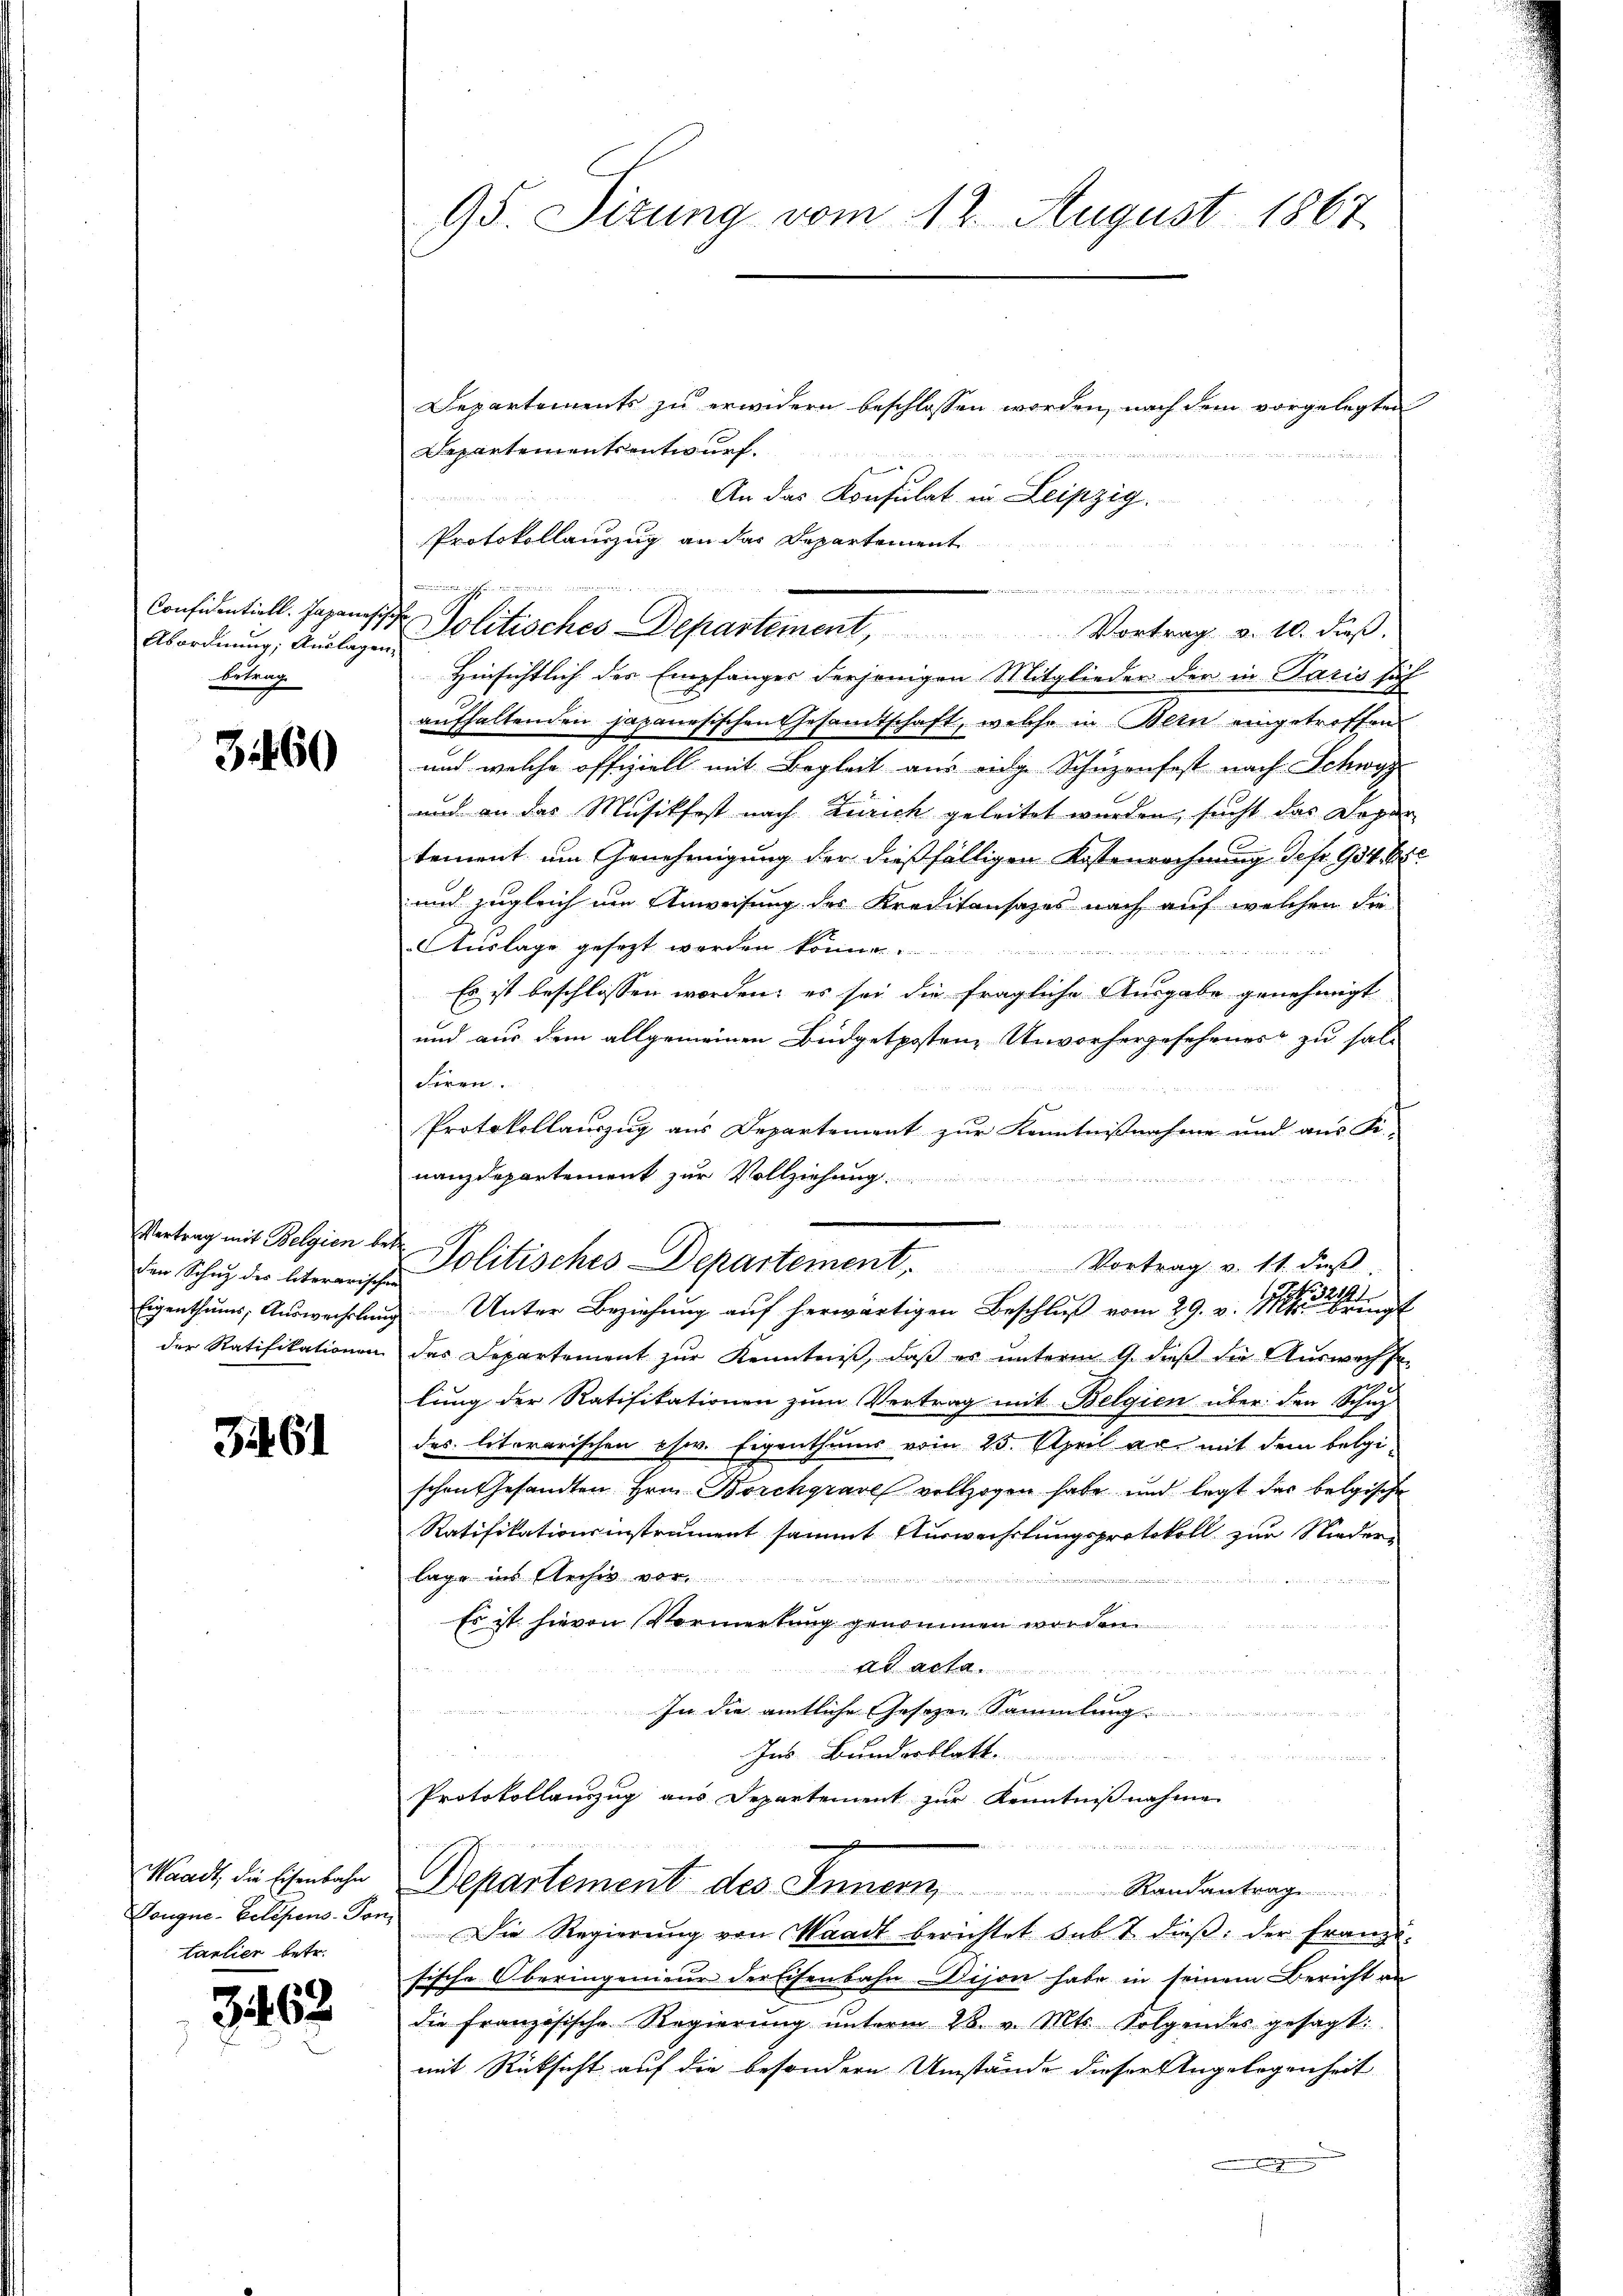
Confidentiell. Japanesi
Abordnung; Auslagen
betrag.

3460

Vertrag mit Belgien beden Schaz des literarischen
Eigenthums Auswechslung
der Ratifikationen

Git 61

Waadt, die Eisenbahn
Vougne-Gelehens-Pontantier betr.

3462

95. Sitzung vom 12. August 1867

Departements zu erwidern beschlossen worden, nach dem vorgelegten
Departementsentwurf.

t

An das Konsulat in Leipzig.
Protokollauszug an das Departement
  in sein den und irgende ei
Hinsichtlich der Empfanges derjenigen Mitglieder der in Paris sich
aufhaltenden japanesischen Gesamtschaft, welche in Bein eingetroffen
und welche offiziell mit Begleit aus eige Schuzonfest nach Schwyz
und an das Musikfest nach Zürich geleitet werden, sucht das Depar
tement um Genehmigung der dießfälligen Kostenrechnung defr. 984. 15t
und zugleich um Anweisung des Kreditansazes nach auf welchen die
AAuslage gesezt werden können.
Es ist beschlossen worden, es sei die fragliche Ausgabe genehmigt
und aus dem allgemeinen Budgetposten, Unvorhergesehenes zu hal¬
Fören.
Protokollauszug aus Departement zur Kenntnißnahme und aus K.
nanzdepartement zur Vollziehung

Politisches Departement. Vortrag v. 11. dieβ
1
Unter Beziehung auf herwärtigen Beschluß vom 29. v. 111 ent
das Departement zŭr Kenntniβ, daβ es ŭnterm 9. dieβ die Aŭswachse
lung der Ratifikationen zum Vertrag mit Belgien über den Schup
des literarischen chw. Eigenthums vom 25. April an mit dem belgischon Gesandten Hrn. Borckgrave vollzogen habe und legt das belgische
Ratifikationsinstrument sammt Auswechslungsprotokoll zur Nieder-
lage ins Recher vor

iiter e
Es ist hievon Vormerkung genommen worden.
et
An Acta
r
u
In die amtliche Gesezen Sammlung ..............
Inb. Bunderblatt
Protokollauszug aus Departement zur Kenntnißnahme

Departement des Innern Randantrag
Die Regierŭng von Waadt berichtet sub 7 dieβ: der Franz.
sche Oberingenieur der Eisenbahn Dison habe in seinem Bericht an
t
die Französische Regierung unterm 28. v. Mts. Folgendes gesagt:
mit Rücksicht auf die besonderen Umstände dieser Angelegenheit

.
Politisches Departement, Vortrag v. 10. dieß.